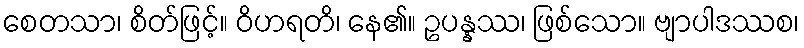
စေတသာ၊ စိတ်ဖြင့်။ ဝိဟရတိ၊ နေ၏။ ဥပန္နဿ၊ ဖြစ်သော။ ဗျာပါဒဿစ၊